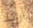
أريد